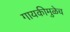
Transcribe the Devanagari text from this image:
गायकीमुळेच